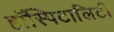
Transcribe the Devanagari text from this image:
हॉस्पिटालिटी